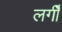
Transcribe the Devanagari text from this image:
लगीँ